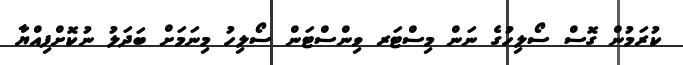
ކުރަމުން ގޮސް ސޯލިހުގެ ނަން މިސްޓަރ ވިންސްޓަން ސޯލިހު މިނަމަށް ބަދަލު ނުކޮށްފިއްޔާ